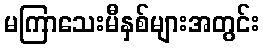
မကြာသေးမီနှစ်များအတွင်း